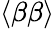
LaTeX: \langle\beta\beta\rangle